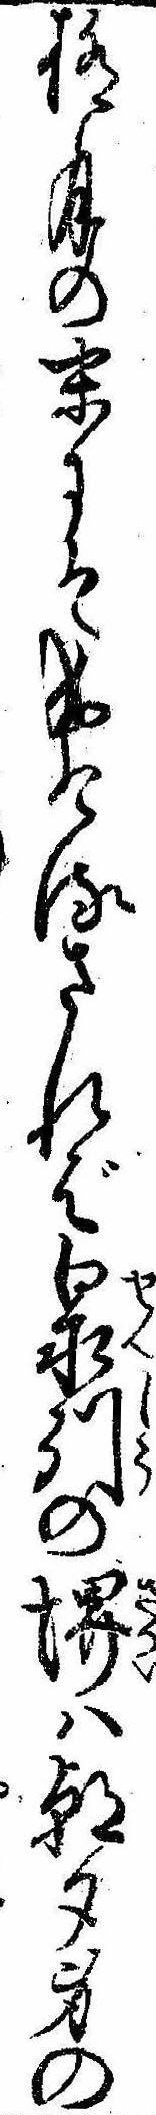
極月の末にそ成けるされば泉州の堺は朝夕身の